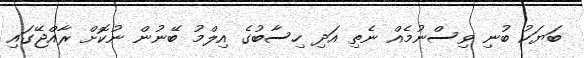
ބަޔަކު ބުނި ވިސްނުމެއް ނެތި އަދި ހިސާބުގެ އިލްމު ބޭނުން ނުކޮށް ރާއްޖޭގައި